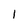
Character: I